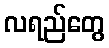
လရည်တွေ